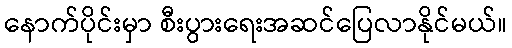
နောက်ပိုင်းမှာ စီးပွားရေးအဆင်ပြေလာနိုင်မယ်။